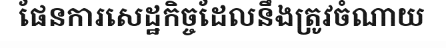
ផែនការសេដ្ឋកិច្ចដែលនឹងត្រូវចំណាយ